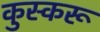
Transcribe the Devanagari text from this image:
कुस्करू